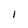
Character: 1